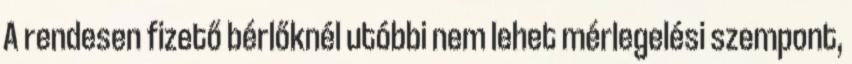
A rendesen fizető bérlőknél utóbbi nem lehet mérlegelési szempont,